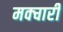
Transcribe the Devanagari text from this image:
मक्चारी